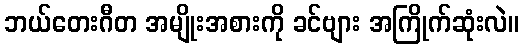
ဘယ်တေးဂီတ အမျိုးအစားကို ခင်ဗျား အကြိုက်ဆုံးလဲ။